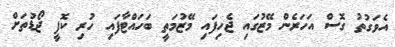
އެވަގުތު ގޮސް އަހަރެން މޭޒުގައި ޖެހިފައި މޭޒުމަތީ ބަހައްޓާފައި ހުރި ކޮފީ ޖޯޑުތަށް